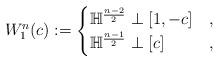
LaTeX: \begin{align*}W_{1}^{n}(c):=\begin{cases} \mathbb{H}^{\frac{n-2}{2}}\perp [1,-c] &, \\ \mathbb{H}^{\frac{n-1}{2}}\perp [c] &, \end{cases}\end{align*}